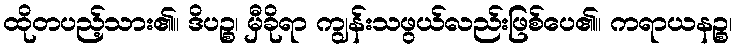
ထိုတပည့်သား၏။ ဒိပဉ္စ၊ မှီခိုရာ ကျွန်းသဖွယ်လည်းဖြစ်ပေ၏။ ကရာယနဉ္စ၊